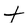
Character: t